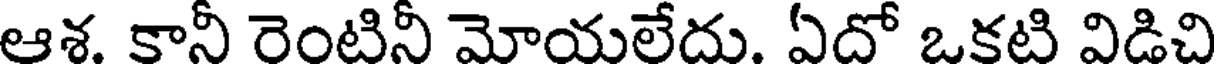
ఆశ. కానీ రెంటినీ మోయలేదు. ఏదో ఒకటి విడిచి